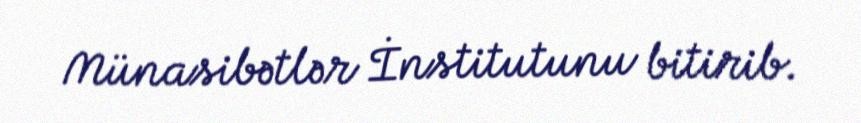
Münasibətlər İnstitutunu bitirib.